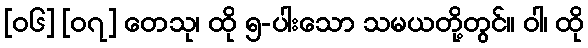
[၀၆] [၀၇] တေသု၊ ထို ၅-ပါးသော သမယတို့တွင်။ ဝါ၊ ထို